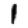
Digit: 1